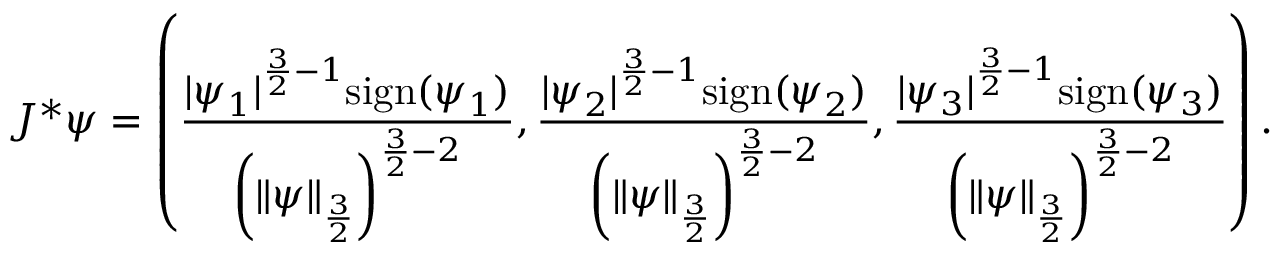
J ^ { * } \psi = \left( \frac { | \psi _ { 1 } | ^ { \frac 3 2 - 1 } \mathrm { s i g n } ( \psi _ { 1 } ) } { \left( \| \psi \| _ { \frac 3 2 } \right) ^ { \frac 3 2 - 2 } } , \frac { | \psi _ { 2 } | ^ { \frac 3 2 - 1 } \mathrm { s i g n } ( \psi _ { 2 } ) } { \left( \| \psi \| _ { \frac 3 2 } \right) ^ { \frac 3 2 - 2 } } , \frac { | \psi _ { 3 } | ^ { \frac 3 2 - 1 } \mathrm { s i g n } ( \psi _ { 3 } ) } { \left( \| \psi \| _ { \frac 3 2 } \right) ^ { \frac 3 2 - 2 } } \right) .